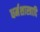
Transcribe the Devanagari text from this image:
धर्मशास्त्रादि